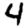
Digit: 4